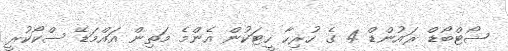
ޝޯޓްބޯޑް ރައުންޑް 4 ގެ ހުރިހާ ހީޓަކުން އެންމެ މަތިން އައްމަޑޭ ސްކޯކުރީ